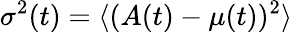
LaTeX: \sigma^{2}(t)=\langle{(A(t)-\mu(t))^{2}}\rangle{}